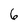
Character: 6